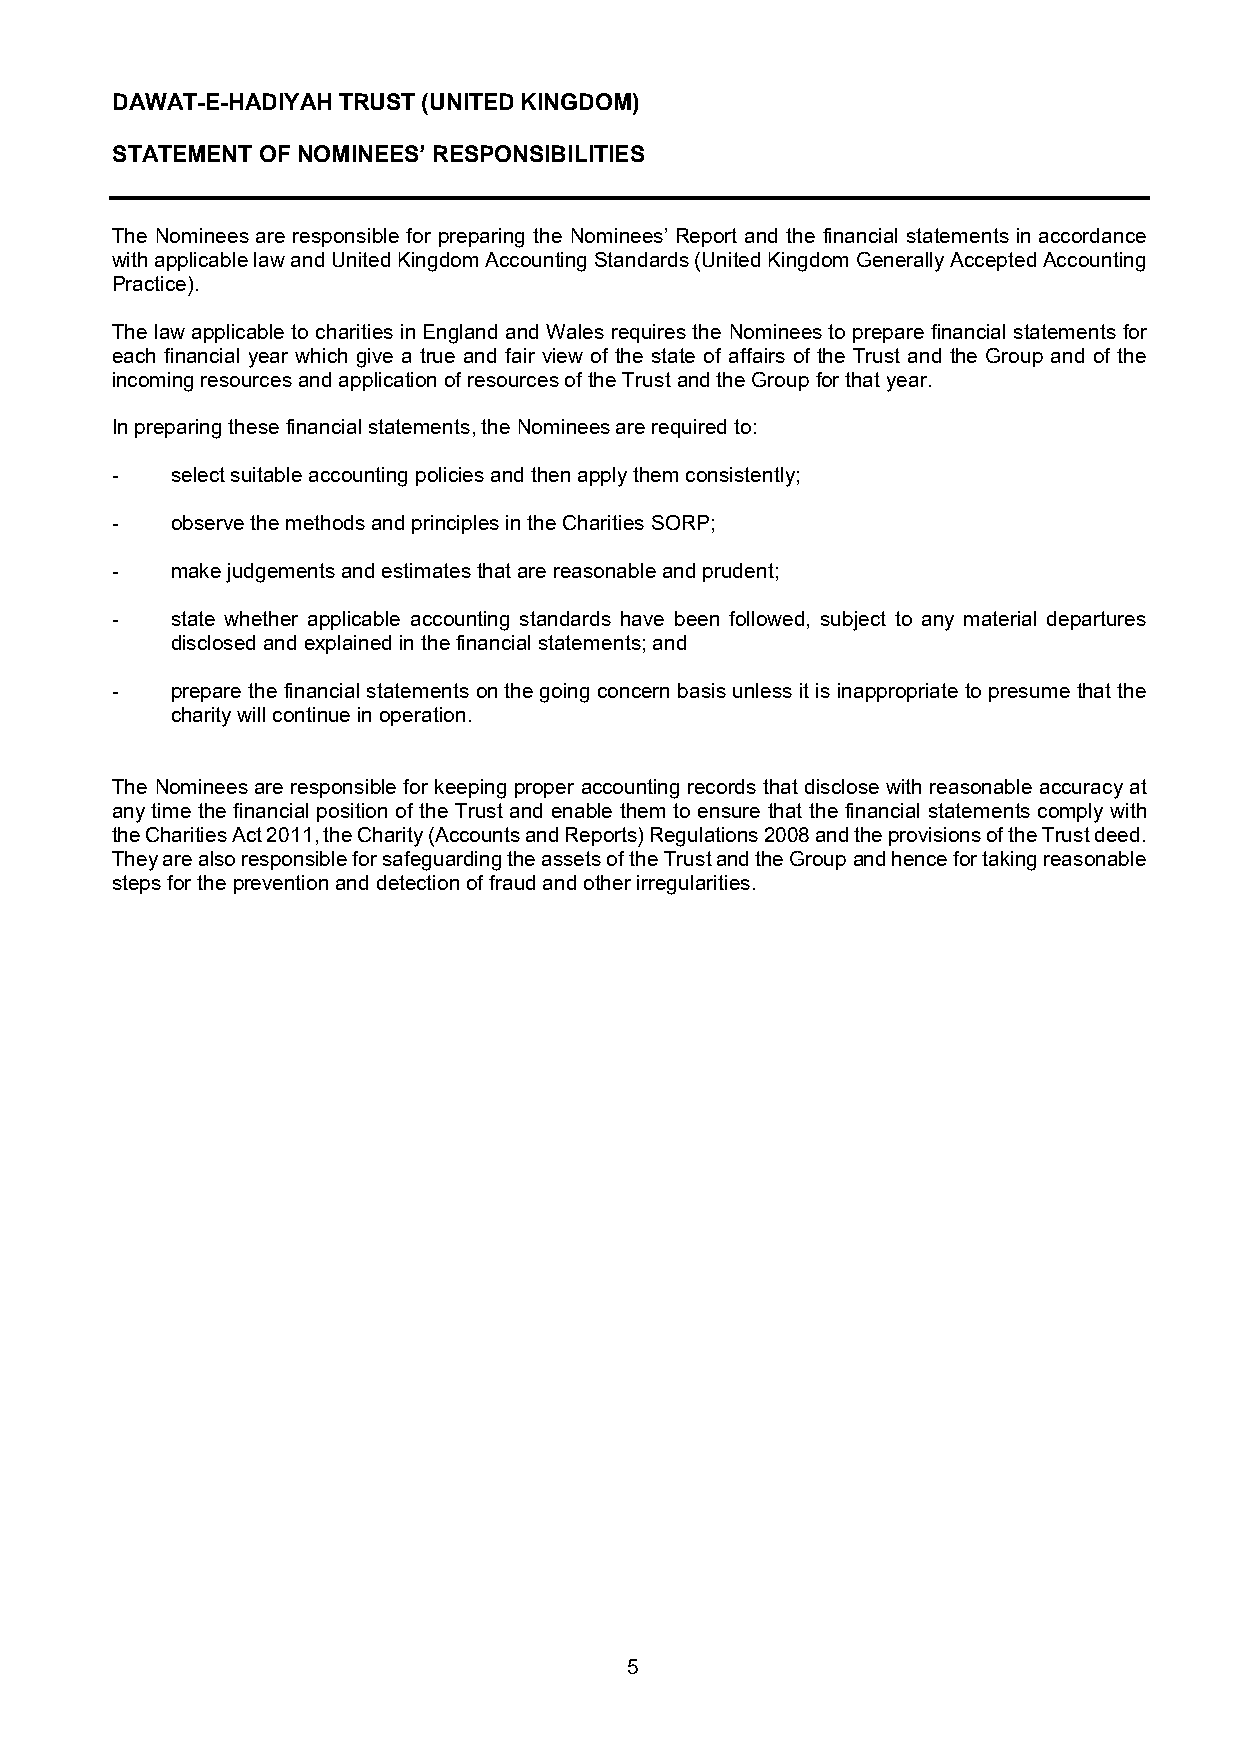
DAWAT-E-HADIYAH TRUST (UNITED KINGDOM)
 STATEMENT OF NOMINEES’ RESPONSIBILITIES
 The Nominees are responsible for preparing the Nominees’ Report and the financial statements in accordance
 with applicable law and United Kingdom Accounting Standards (United Kingdom Generally Accepted Accounting
 Practice).
 The law applicable to charities in England and Wales requires the Nominees to prepare financial statements for
 each financial year which give a true and fair view of the state of affairs of the Trust and the Group and of the
 incoming resources and application of resources of the Trust and the Group for that year.
 In preparing these financial statements, the Nominees are required to:
 -   select suitable accounting policies and then apply them consistently;
 -   observe the methods and principles in the Charities SORP;
 -   make judgements and estimates that are reasonable and prudent;
 -   state whether applicable accounting standards have been followed, subject to any material departures
 disclosed and explained in the financial statements; and
 -   prepare the financial statements on the going concern basis unless it is inappropriate to presume that the
 charity will continue in operation.
 The Nominees are responsible for keeping proper accounting records that disclose with reasonable accuracy at
 any time the financial position of the Trust and enable them to ensure that the financial statements comply with
 the Charities Act 2011, the Charity (Accounts and Reports) Regulations 2008 and the provisions of the Trust deed.
 They are also responsible for safeguarding the assets of the Trust and the Group and hence for taking reasonable
 steps for the prevention and detection of fraud and other irregularities.
 5